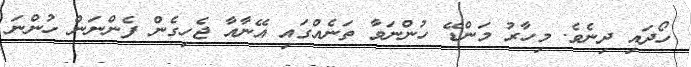
ހޯދައި ދިނެވެ. މިހާރު މަންޑޭ ހުންނަވާ ތަނެއްގައި އޭނާއާ ޖެހިގެން ފެންނަން ހުންނަ